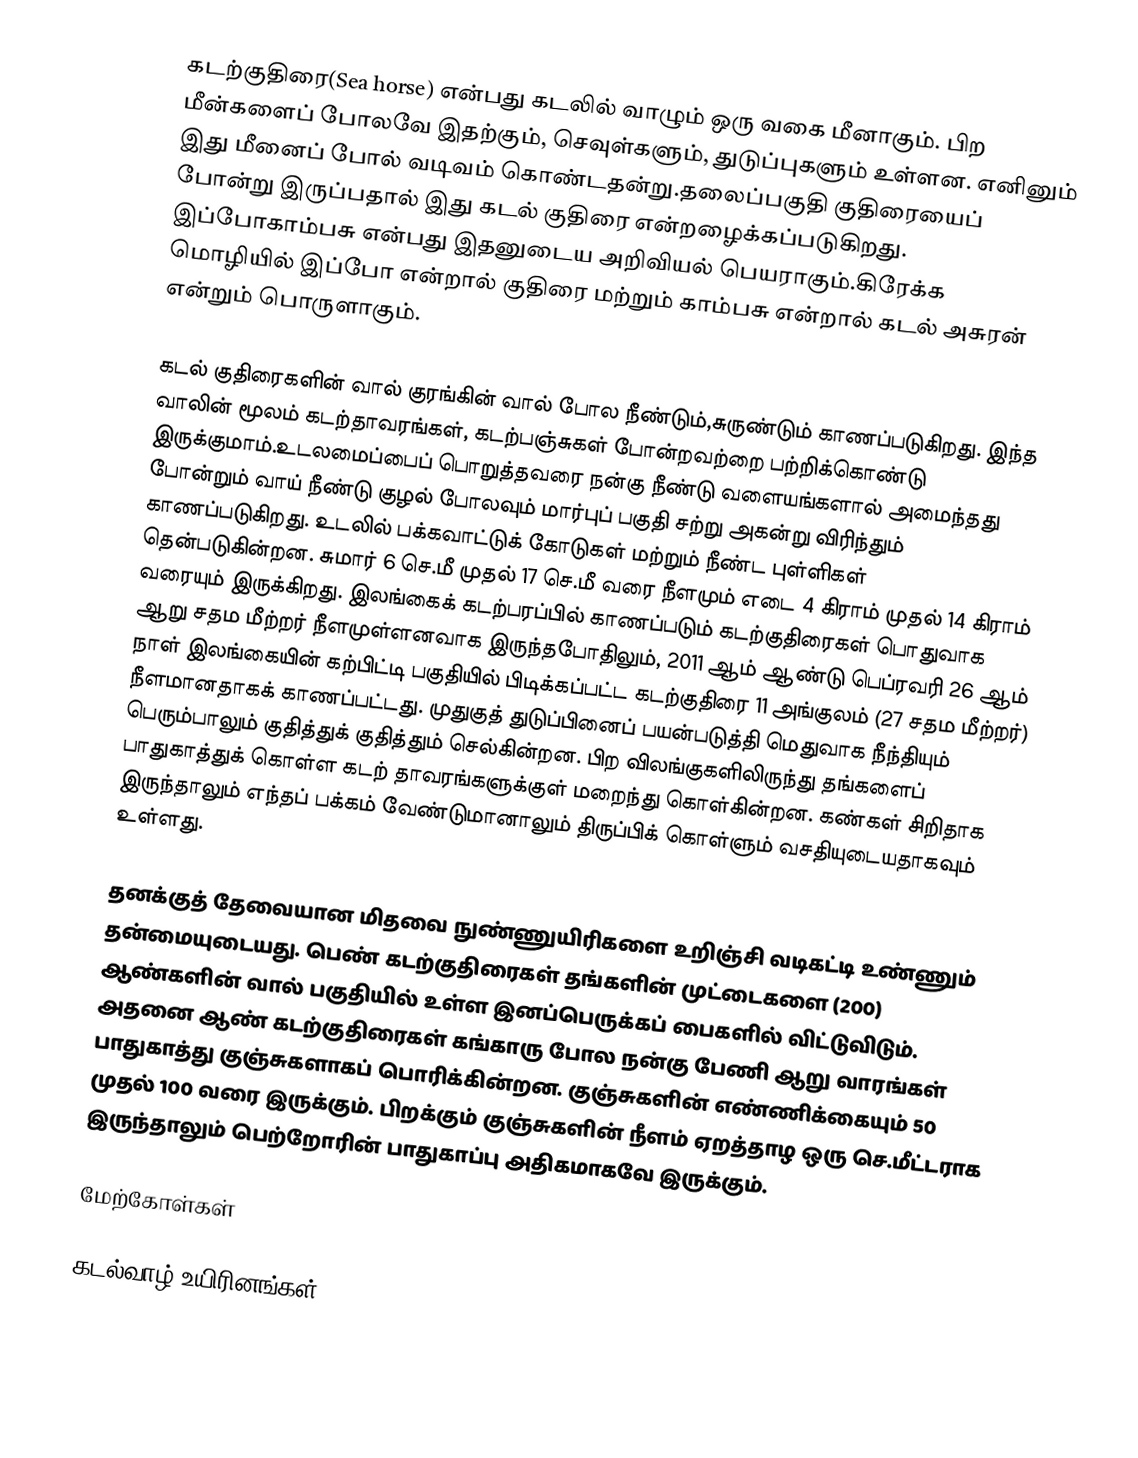
கடற்குதிரை(Sea horse) என்பது கடலில் வாழும் ஒரு வகை மீனாகும். பிற மீன்களைப் போலவே இதற்கும், செவுள்களும், துடுப்புகளும் உள்ளன. எனினும் இது மீனைப் போல் வடிவம் கொண்டதன்று.தலைப்பகுதி குதிரையைப் போன்று இருப்பதால் இது கடல் குதிரை என்றழைக்கப்படுகிறது. இப்போகாம்பசு என்பது இதனுடைய அறிவியல் பெயராகும்.கிரேக்க மொழியில் இப்போ என்றால் குதிரை மற்றும் காம்பசு என்றால் கடல் அசுரன் என்றும் பொருளாகும்.

கடல் குதிரைகளின் வால் குரங்கின் வால் போல நீண்டும்,சுருண்டும் காணப்படுகிறது. இந்த வாலின் மூலம் கடற்தாவரங்கள், கடற்பஞ்சுகள் போன்றவற்றை பற்றிக்கொண்டு இருக்குமாம்.உடலமைப்பைப் பொறுத்தவரை நன்கு நீண்டு வளையங்களால் அமைந்தது போன்றும் வாய் நீண்டு குழல் போலவும் மார்புப் பகுதி சற்று அகன்று விரிந்தும் காணப்படுகிறது. உடலில் பக்கவாட்டுக் கோடுகள் மற்றும் நீண்ட புள்ளிகள் தென்படுகின்றன. சுமார் 6 செ.மீ முதல் 17 செ.மீ வரை நீளமும் எடை 4 கிராம் முதல் 14 கிராம் வரையும் இருக்கிறது. இலங்கைக் கடற்பரப்பில் காணப்படும் கடற்குதிரைகள் பொதுவாக ஆறு சதம மீற்றர் நீளமுள்ளனவாக இருந்தபோதிலும், 2011 ஆம் ஆண்டு பெப்ரவரி 26 ஆம் நாள் இலங்கையின் கற்பிட்டி பகுதியில் பிடிக்கப்பட்ட கடற்குதிரை 11 அங்குலம் (27 சதம மீற்றர்) நீளமானதாகக் காணப்பட்டது. முதுகுத் துடுப்பினைப் பயன்படுத்தி மெதுவாக நீந்தியும் பெரும்பாலும் குதித்துக் குதித்தும் செல்கின்றன. பிற விலங்குகளிலிருந்து தங்களைப் பாதுகாத்துக் கொள்ள கடற் தாவரங்களுக்குள் மறைந்து கொள்கின்றன. கண்கள் சிறிதாக இருந்தாலும் எந்தப் பக்கம் வேண்டுமானாலும் திருப்பிக் கொள்ளும் வசதியுடையதாகவும் உள்ளது.

தனக்குத் தேவையான மிதவை நுண்ணுயிரிகளை உறிஞ்சி வடிகட்டி உண்ணும் தன்மையுடையது. பெண் கடற்குதிரைகள் தங்களின் முட்டைகளை (200) ஆண்களின் வால் பகுதியில் உள்ள இனப்பெருக்கப் பைகளில் விட்டுவிடும். அதனை ஆண் கடற்குதிரைகள் கங்காரு போல நன்கு பேணி ஆறு வாரங்கள் பாதுகாத்து குஞ்சுகளாகப் பொரிக்கின்றன. குஞ்சுகளின் எண்ணிக்கையும் 50 முதல் 100 வரை இருக்கும். பிறக்கும் குஞ்சுகளின் நீளம் ஏறத்தாழ ஒரு செ.மீட்டராக இருந்தாலும் பெற்றோரின் பாதுகாப்பு அதிகமாகவே இருக்கும்.

மேற்கோள்கள்

கடல்வாழ் உயிரினங்கள்